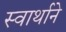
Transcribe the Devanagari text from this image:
स्वार्थाने